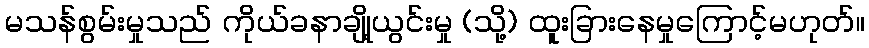
မသန်စွမ်းမှုသည် ကိုယ်ခနာချို့ယွင်းမှု (သို့) ထူးခြားနေမှုကြောင့်မဟုတ်။